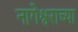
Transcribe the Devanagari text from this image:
नागेश्वराच्या